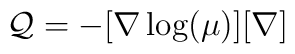
{\mathcal Q}=-[{\bf \nabla}\log(\mu)][{\bf \nabla}]